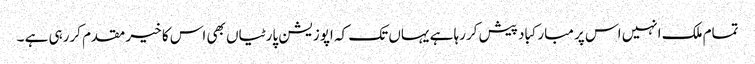
تمام ملک انہیں اس پر مبارکباد پیش کررہا ہے یہاں تک کہ اپوزیشن پارٹیاں بھی اس کا خیر مقدم کررہی ہے ۔